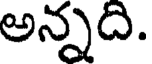
అన్నది.